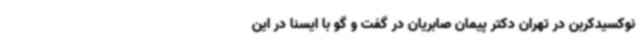
نوکسیدکربن در تهران دکتر پیمان صابریان در گفت و گو با ایسنا در این